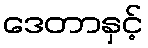
ဒေတာနှင့်